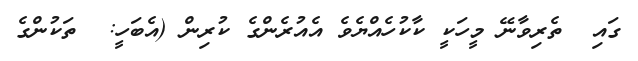
ގައި  ތެރިވާނޭ މީހަކީ ކާކުހެއްޔެވެ އެއުރެންގެ ކުރިން (އެބަހީ:  ތަކުންގެ